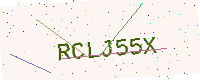
Text: RCLJ55X